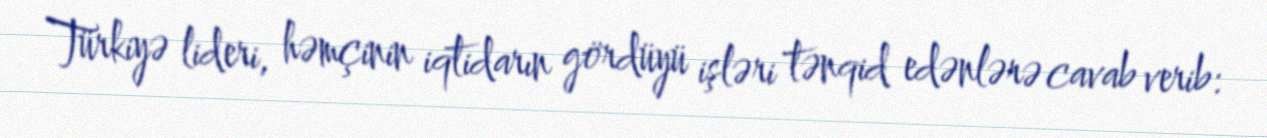
Türkiyə lideri, həmçinin iqtidarın gördüyü işləri tənqid edənlərə cavab verib: